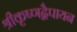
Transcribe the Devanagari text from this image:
श्रीकृष्णद्वैपायन